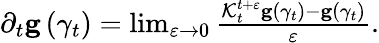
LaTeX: \begin{array}{r}{\partial_{t}\mathbf{g}\left(\gamma_{t}\right)=\operatorname*{lim}_{\varepsilon\rightarrow 0}\frac{\mathcal{K}_{t}^{t+\varepsilon}\mathbf{g}\left(\gamma_{t}\right)-\mathbf{g}\left(\gamma_{t}\right)}{\varepsilon}.}\end{array}